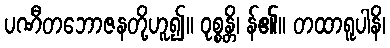
ပဏီတဘောဇနတို့ဟူ၍။ ဝုစ္စန္တိ၊ န်၏။ တထာရူပါနိ၊